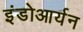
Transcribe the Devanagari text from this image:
इंडोआर्यन